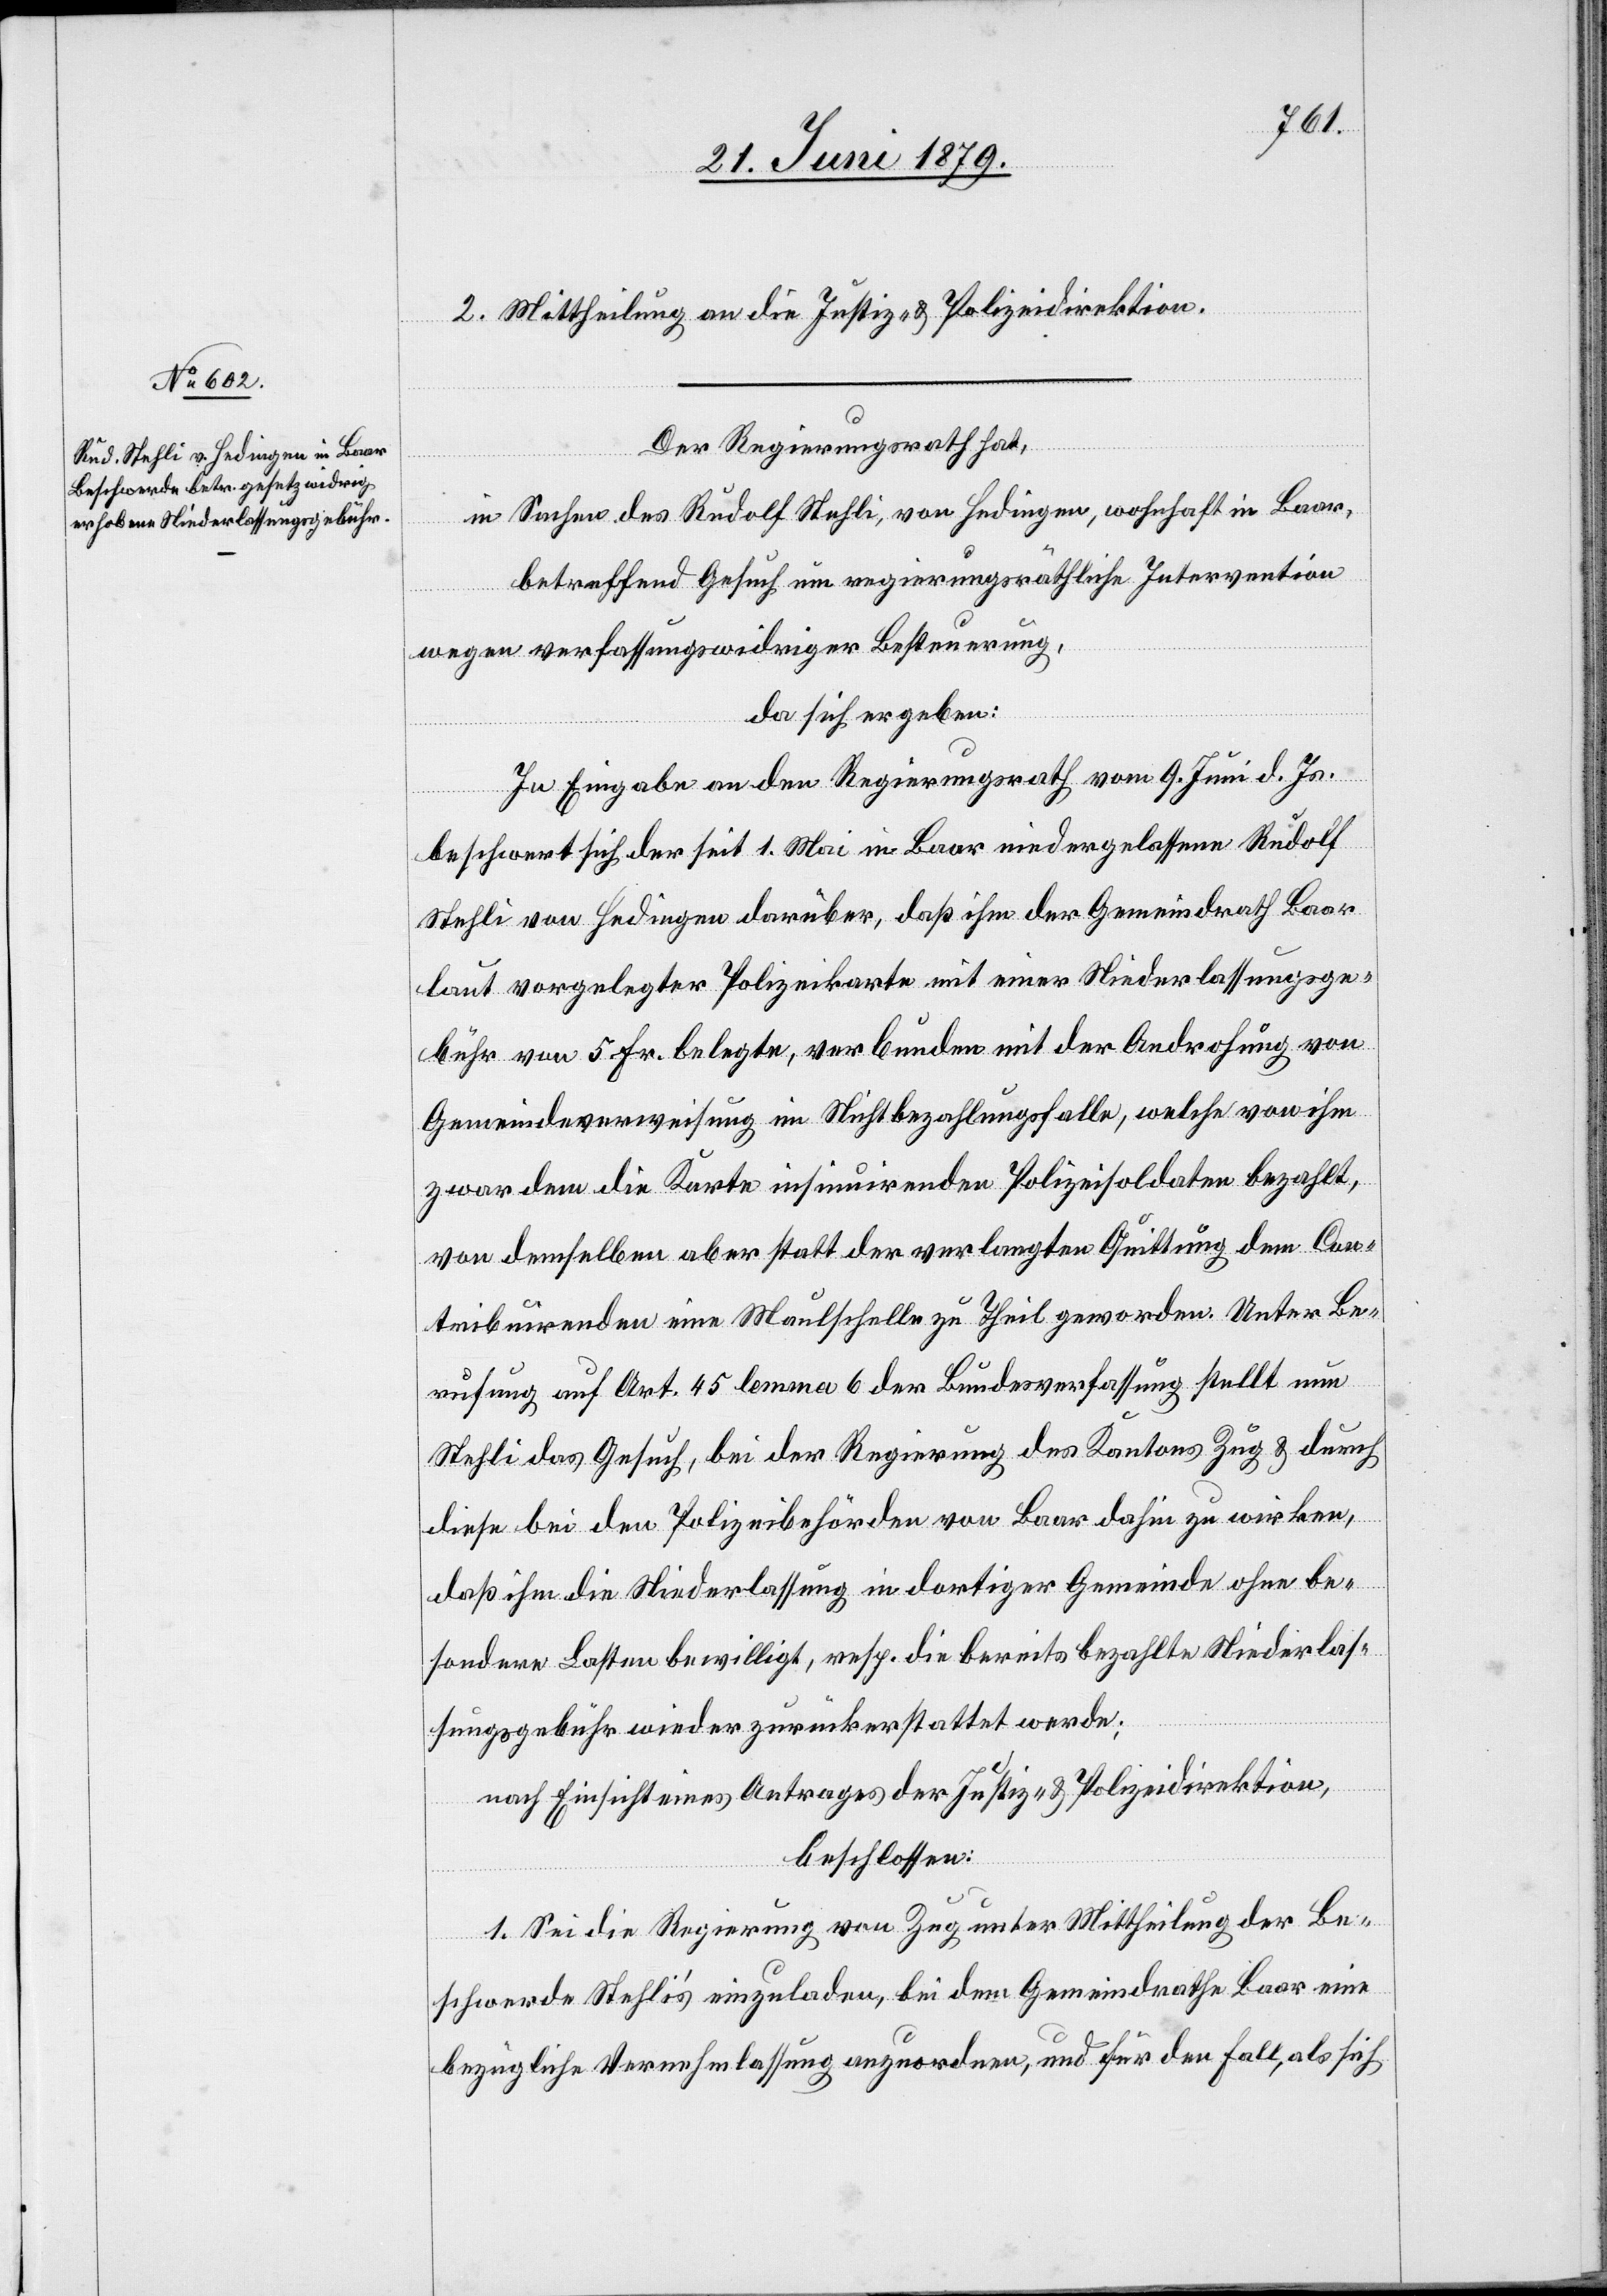
2. Mittheilung an die Justiz- & Polizeidirektion.
Der Regierungsrath hat,
in Sachen des Rudolf Stehli, von Hedingen, wohnhaft in Baar,
betreffend Gesuch um regierungsräthliche Intervention
wegen verfassungswidriger Besteuerung,
da sich ergeben:
In Eingabe an den Regierungsrath vom 9. Juni d. Js.
beschwert sich der seit 1. Mai in Baar niedergelassene Rudolf
Stehli von Hedingen darüber, daß ihm [sic!] der Gemeindrath Baar
laut vorgelegter Polizeikarte mit einer Niederlassungsge¬
bühr von 5 Fr. belegte, verbunden mit der Androhung von
Gemeindeverweisung im Nichtbezahlungsfalle, welche von ihm
zwar dem die Karte insinuirenden Polizeisoldaten bezahlt,
von demselben aber statt der verlangten Quittung dem Con¬
tribuirenden eine Maulschelle zu Theil geworden. Unter Be¬
rufung auf Art. 45 lemma 6 der Bundesverfassung stellt nun
Stehli das Gesuch, bei der Regierung des Kantons Zug & durch
diese bei den Polizeibehörden von Baar dahin zu wirken,
daß ihm die Niederlassung in dortiger Gemeinde ohne be¬
sondere Lasten bewilligt, resp. die bereits bezahlte Niederlas¬
sungsgebühr wieder zurückerstattet werde;
nach Einsicht eines Antrages der Justiz- & Polizeidirektion,
beschlossen:
1. Sei die Regierung von Zug unter Mittheilung der Be¬
schwerde Stehli’s einzuladen, bei dem Gemeindrathe Baar eine
bezügliche Vernehmlassung anzuordnen, und für den Fall, als sich